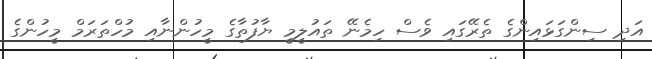
އަދި ސިންގަޅައިންގެ ތެރޭގައި ވެސް ހިމެނޭ ތައުލީމީ ޔާފުތާގެ މީހުންނާއި މުހްތަރަމް މީހުންގެ